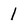
Character: 1